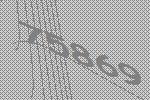
75869